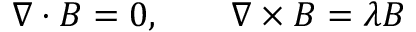
\nabla \cdot B = 0 , \qquad \nabla \times B = \lambda B